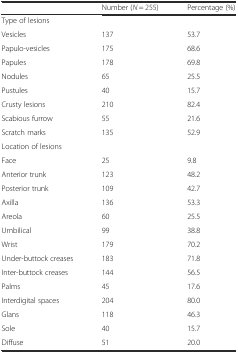
<table><thead><tr><td></td><td><b>Number (<i>N</i> = 255)</b></td><td><b>Percentage (%)</b></td></tr></thead><tbody><tr><td>Type of lesions</td><td></td><td></td></tr><tr><td>Vesicles</td><td>137</td><td>53.7</td></tr><tr><td>Papulo-vesicles</td><td>175</td><td>68.6</td></tr><tr><td>Papules</td><td>178</td><td>69.8</td></tr><tr><td>Nodules</td><td>65</td><td>25.5</td></tr><tr><td>Pustules</td><td>40</td><td>15.7</td></tr><tr><td>Crusty lesions</td><td>210</td><td>82.4</td></tr><tr><td>Scabious furrow</td><td>55</td><td>21.6</td></tr><tr><td>Scratch marks</td><td>135</td><td>52.9</td></tr><tr><td>Location of lesions</td><td></td><td></td></tr><tr><td>Face</td><td>25</td><td>9.8</td></tr><tr><td>Anterior trunk</td><td>123</td><td>48.2</td></tr><tr><td>Posterior trunk</td><td>109</td><td>42.7</td></tr><tr><td>Axilla</td><td>136</td><td>53.3</td></tr><tr><td>Areola</td><td>60</td><td>25.5</td></tr><tr><td>Umbilical</td><td>99</td><td>38.8</td></tr><tr><td>Wrist</td><td>179</td><td>70.2</td></tr><tr><td>Under-buttock creases</td><td>183</td><td>71.8</td></tr><tr><td>Inter-buttock creases</td><td>144</td><td>56.5</td></tr><tr><td>Palms</td><td>45</td><td>17.6</td></tr><tr><td>Interdigital spaces</td><td>204</td><td>80.0</td></tr><tr><td>Glans</td><td>118</td><td>46.3</td></tr><tr><td>Sole</td><td>40</td><td>15.7</td></tr><tr><td>Diffuse</td><td>51</td><td>20.0</td></tr></tbody></table>